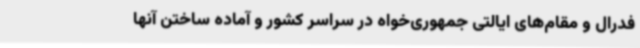
فدرال و مقام‌های ایالتی جمهوری‌خواه در سراسر کشور و آماده ساختن آنها